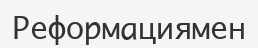
Реформациямен